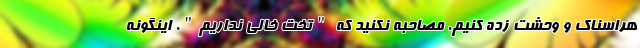
هراسناک و وحشت زده کنیم. مصاحبه نکنید که "تخت خالی نداریم". اینگونه